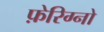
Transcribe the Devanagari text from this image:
फ़ेरिग्नो